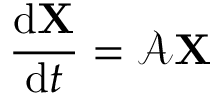
\frac { \mathrm { d } \mathbf { X } } { \mathrm { d } t } = \mathcal { A } \mathbf { X }